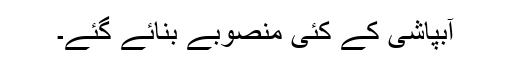
آبپاشی کے کئی منصوبے بنائے گئے۔